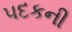
પદકની